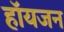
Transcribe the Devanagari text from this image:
हॉयजन